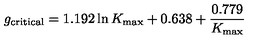
g _ { \mathrm { c r i t i c a l } } = 1 . 1 9 2 \ln K _ { \mathrm { m a x } } + 0 . 6 3 8 + \frac { 0 . 7 7 9 } { K _ { \mathrm { m a x } } }